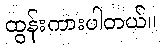
ထွန်းကားပါတယ်။